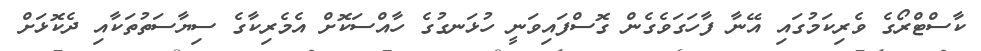
ކާސްޓްރޯގެ ވެރިކަމުގައި އޭނާ ފާހަގަވެގެން ގޮސްފައިވަނީ ހުޅަނގުގެ ހާއްސަކޮށް އެމެރިކާގެ ސިޔާސަތުތަކާއި ދެކޮޅަށް